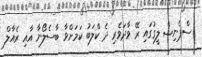
ސްޕެނިޝް ލީގުގައި ރޭ ވާދަވެރި ދެ ކްލަބު ކަމަށްވާ ބާސެލޯނާ އާއި ރެއާލް